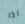
اذا